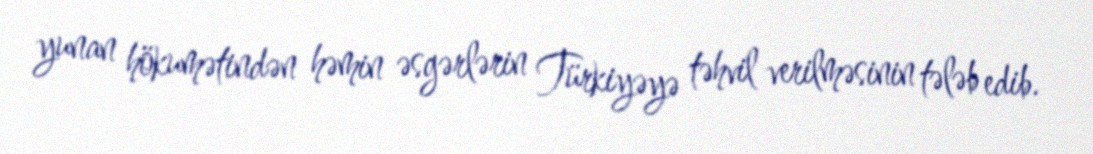
yunan hökumətindən həmin əsgərlərin Türkiyəyə təhvil verilməsinin tələb edib.